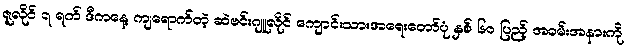
ဇူလိုင် ၇ ရက် ဒီကနေ့ ကျရောက်တဲ့ ဆဲဗင်းဂျူလိုင် ကျောင်းသားအရေးတော်ပုံ နှစ် ၆၀ ပြည့် အခမ်းအနားကို